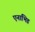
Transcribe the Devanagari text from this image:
एनाभिड